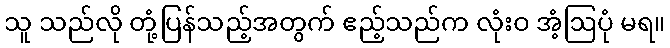
သူ သည်လို တုံ့ပြန်သည့်အတွက် ဧည့်သည်က လုံးဝ အံ့ဩပုံ မရ။